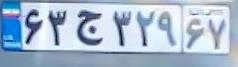
۶۳ج۳۲۹۶۷